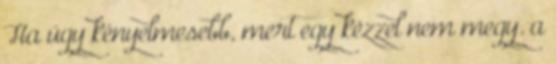
Ha úgy kényelmesebb, mert egy kézzel nem megy. a